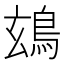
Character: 䲻